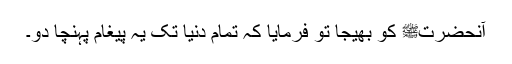
آنحضرتﷺ کو بھیجا تو فرمایا کہ تمام دنیا تک یہ پیغام پہنچا دو۔